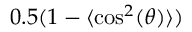
0 . 5 ( 1 - \langle \cos ^ { 2 } ( \theta ) \rangle )